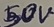
Text: 50V